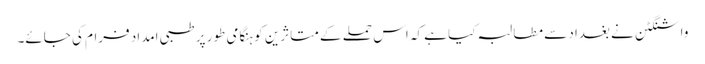
واشنگٹن نے بغداد سے مطالبہ کیا ہے کہ اس حملے کے متاثرین کو ہنگامی طور پر طبی امداد فرام کی جائے۔